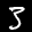
Label: 3